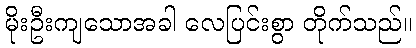
မိုးဦးကျသောအခါ လေပြင်းစွာ တိုက်သည်။